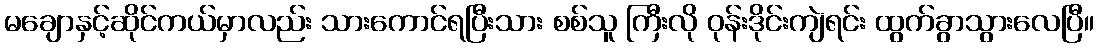
မချောနှင့်ဆိုင်ကယ်မှာလည်း သားကောင်ရပြီးသား စစ်သူ ကြီးလို ဝုန်းဒိုင်းကျဲရင်း ထွက်ခွာသွားလေပြီ။